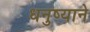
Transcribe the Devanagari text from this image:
धनुष्याने